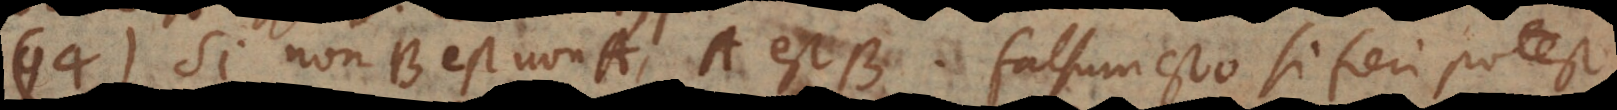
94) Si non-B est non-A, A est B. Falsum esto si fieri potest